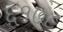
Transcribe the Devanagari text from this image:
६१७८